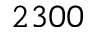
2 3 0 0